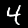
Label: 4